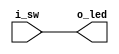
module led_glow(input wire i_sw, output wire o_led);
	assign o_led = i_sw;
endmodule